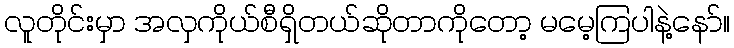
လူတိုင်းမှာ အလှကိုယ်စီရှိတယ်ဆိုတာကိုတော့ မမေ့ကြပါနဲ့နော်။